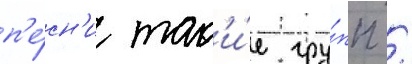
п'е́сн'и так'и́е гру́пп /